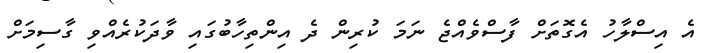
އެ އިސްލާހު އެގޮތަށް ފާސްވެއްޖެ ނަމަ ކުރިން ދެ އިންތިހާބުގައި ވާދަކުރެއްވި ގާސިމަށް